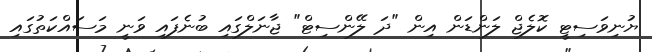
ޔުނިވަސިޓީ ކޮލެޖް ލަންޑަން އިން "ދަ ލޭންސިޓް" ޖާނަލްގައި ބުނެފައި ވަނީ މަސައްކަތުގައި